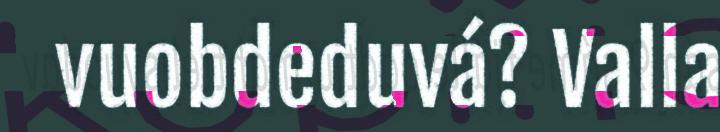
vuobdeduvá? Valla